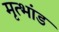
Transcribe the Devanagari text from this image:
मृत्भांड